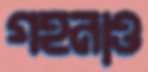
গহনাও